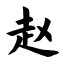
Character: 赵